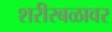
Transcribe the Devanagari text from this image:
शरीरबळावर